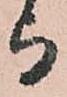
与